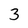
Character: 3